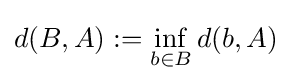
d(B,A):=\inf _{b\in B}d(b,A)